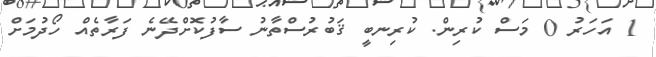
1 އަހަރު 0 މަސް ކުރިން. ކުރިނބީ ޤަބުރުސްތާނު ސާފުކޮށްދޭނެ ފަރާތެއް ހޯދުމަށް